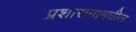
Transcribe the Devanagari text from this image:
प्रशासनामधील